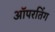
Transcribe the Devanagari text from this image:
ऑपरतिंग